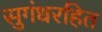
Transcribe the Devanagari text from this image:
सुगंधरहित